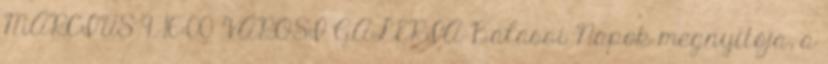
MÁRCIUS 9. 16:00 VÁROSI GALÉRIA Balassi Napok megnyitója, a